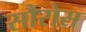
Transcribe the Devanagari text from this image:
सौरोस